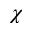
\chi